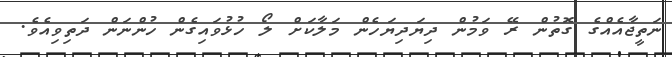
ނަތީޖާއެއްގެ ގޮތުން ރޭ ވަމުން ދިޔަދިޔަހެން މަލާކަށް ލޯ ހުޅުވައިގެން ހުންނަން ދަތިވިއެވެ.